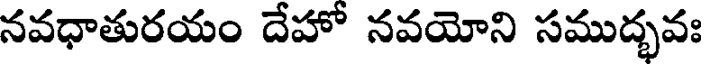
నవధాతురయం దేహో నవయోని సముద్భవః